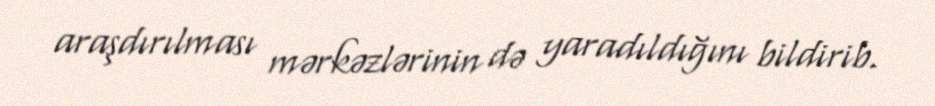
araşdırılması mərkəzlərinin də yaradıldığını bildirib.